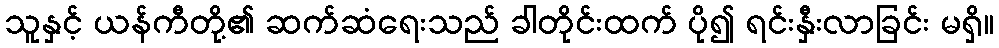
သူနှင့် ယန်ကီတို့၏ ဆက်ဆံရေးသည် ခါတိုင်းထက် ပို၍ ရင်းနှီးလာခြင်း မရှိ။